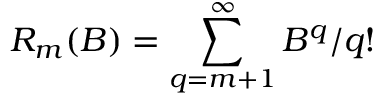
R _ { m } ( B ) = \sum _ { q = m + 1 } ^ { \infty } B ^ { q } / q !